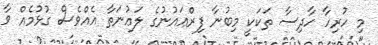
މި ހުރިހާ ހާދިސާ ތަކަކީ މިބުނާ ފިރްޢައުނުގެ ލަޢުނަތާ އެއްވެސް ގުޅުމެއް ވާ